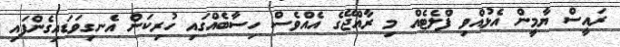
ރައީސް ޔާމީން އެޅުއްވި ފްލެޓެއް މި ރާއްޖޭގެ އެއްވެސް ހިސާބެއްގައި ހުރިކަން އެނގިވަޑައިގެންފައި